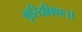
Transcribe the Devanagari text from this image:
भूरिदक्षिणः।।